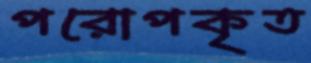
পরোপকৃত